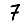
Digit: 7